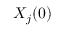
X _ { j } ( 0 )